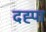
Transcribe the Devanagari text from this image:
दह्पा